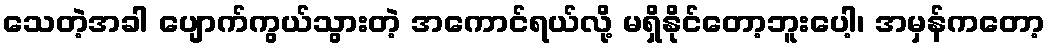
သေတဲ့အခါ ပျောက်ကွယ်သွားတဲ့ အကောင်ရယ်လို့ မရှိနိုင်တော့ဘူးပေါ့၊ အမှန်ကတော့